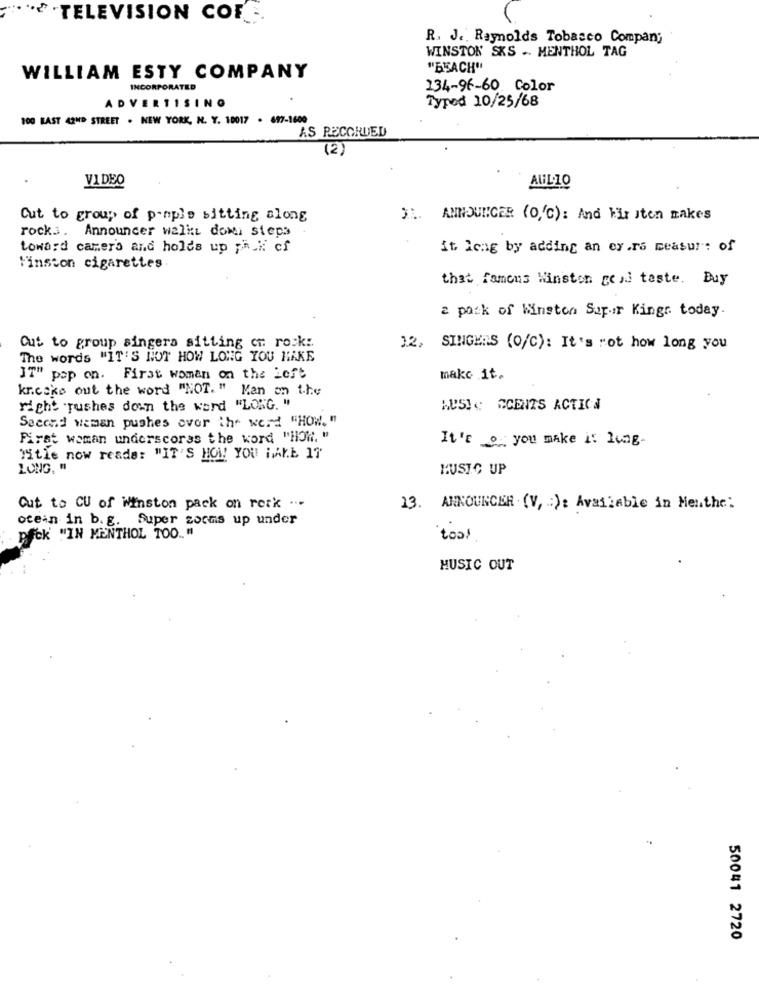
TELEVISION COF ..
R. J.Reynolds Tobasco Compan;
WINSTON SKS .. MENTHOL TAG
"BEACH"
WILLIAM ESTY COMPANY
INCORPORATED
134-96-60 Color
ADVERTISING
Typed 10/25/68
100 BAST 42ND STREET . NEW YORK, N. Y. 10017 . 697-1600
AS RECORDED
(2)
VIDEO
AUL 10
Cut to group of pample sitting along
31. ANNOUNCER (0,'℃): And kir sten makes
rockj. Announcer walkt dowi steps
toward camer's and holds up ph k cf
it leng by adding an ex.rs measur: of
Finscon cigarettes
that famous Winston goal teste. Buy
2 pack of Winston Supur Kingr today.
Cut to group singera sitting on rock :.
12, SINGERS (O/C): It's rot how long you
The words "IT'S NOT HOW LONG YOU MAKE
IT" pap on. First woman on the Left
make it.
kr.ceks out the word "NOT. " Man on the
right rushes down the word "LONG. "
MUSIC CCENZS ACTICÀ
Second weman pushes over the werd "HOW. "
First woman underscores the word "HOWi. "
It's of you make it lung-
Title now reads: "IT'S HOW YOU HAVE IT"
LONG. "
MUSIC UP
Out to CU of Winston pack on rock ...
13. ANNOUNCER (V, : ): Available in Menthe:
ocean in b.g. Super avons up under
pick "IN MENTHOL TOO .. "
MUSIC OUT
50041 2720